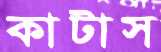
কাটাস